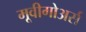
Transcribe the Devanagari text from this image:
मूवीगोअर्स